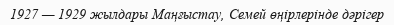
1927 — 1929 жылдары Маңғыстау, Семей өңірлерінде дәрігер